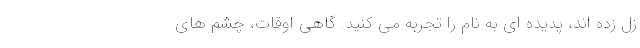
زل زده اند، پدیده ای به نام را تجربه می کنید. گاهی اوقات، چشم های